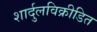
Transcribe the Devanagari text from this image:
शार्दुलविक्रीडित